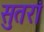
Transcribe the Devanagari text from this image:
सुतरां